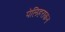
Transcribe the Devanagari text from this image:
पेलिहराकन